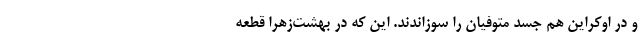
و در اوکراین هم جسد متوفیان را سوزاندند. این که در بهشت‌زهرا قطعه